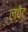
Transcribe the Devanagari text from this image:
लवेट